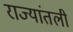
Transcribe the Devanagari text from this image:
राज्यांतली